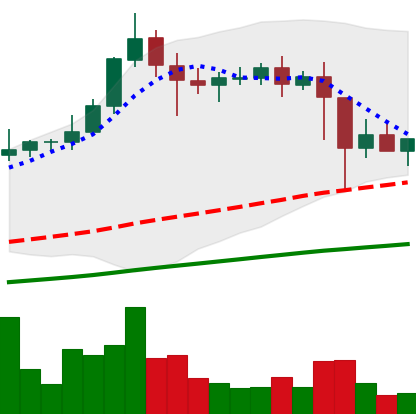
Ticker: XLM-USD
Chart end date: 2021-02-26
Forward return: 5.348%
Label: up_5_7